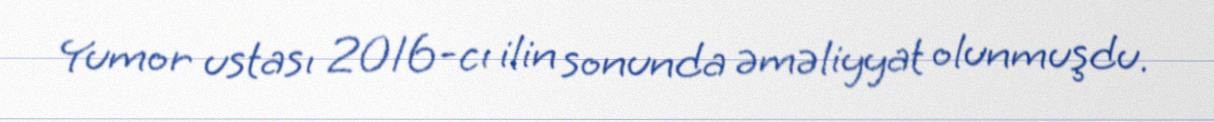
Yumor ustası 2016-cı ilin sonunda əməliyyat olunmuşdu.